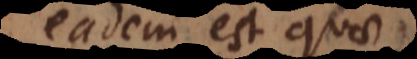
eadem est quae